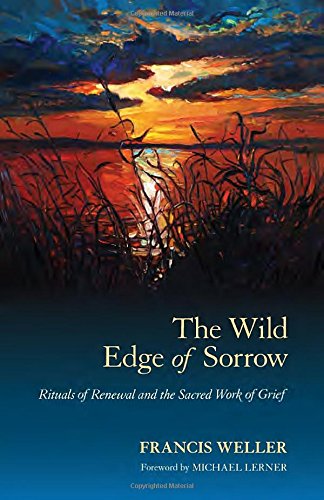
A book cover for The Wild Edge of Sorrow: Rituals of Renewal and the Sacred Work of Grief; Francis Weller; Self-Help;